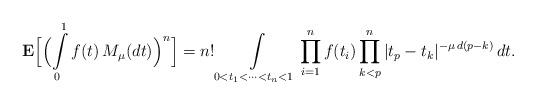
LaTeX: \begin{align*}{\bf E}\Bigl[\Bigl(\int\limits_0^1 f(t)\,M_\mu(dt)\Bigr)^n\Bigr] = n!\int\limits_{0<t_1<\cdots<t_n<1} \prod\limits_{i=1}^n f(t_i)\prod\limits_{k<p}^n |t_p-t_k|^{-\mu\,d(p-k)}\,dt.\end{align*}